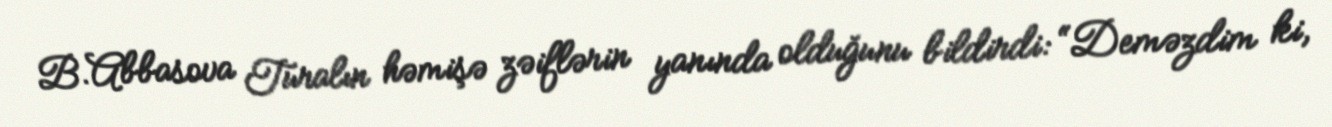
B.Abbasova Turalın həmişə zəiflərin yanında olduğunu bildirdi: “Deməzdim ki,